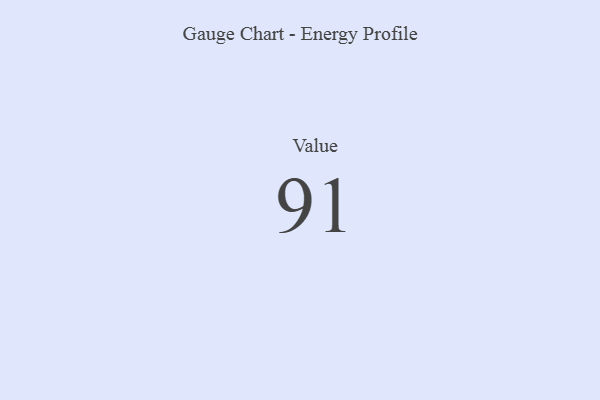
{"axis": {"x": "Metric", "y": "Value"}, "legend": [""], "data": [{"x": "Value", "y": 91, "type": ""}]}